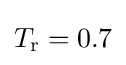
T_{\text{r}}=0.7